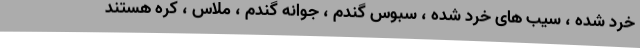
خرد شده ، سیب های خرد شده ، سبوس گندم ، جوانه گندم ، ملاس ، کره هستند